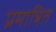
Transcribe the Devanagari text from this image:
प्रमात्रित